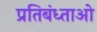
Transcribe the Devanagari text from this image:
प्रतिबंध्ताओ